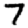
Digit: 7